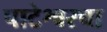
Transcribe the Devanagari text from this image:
पाटेश्वरचा